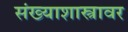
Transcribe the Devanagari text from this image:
संख्याशास्त्रावर